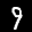
Label: 9